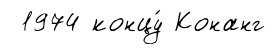
1974 концу́ Конанг